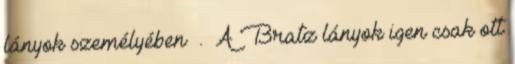
lányok személyében . A Bratz lányok igen csak ott